Annual report of the Bengal Veterinary College and of the Civil Veterinary Department, Bengal, for the year 1899-1900 - 1899-1900
Year: 1899
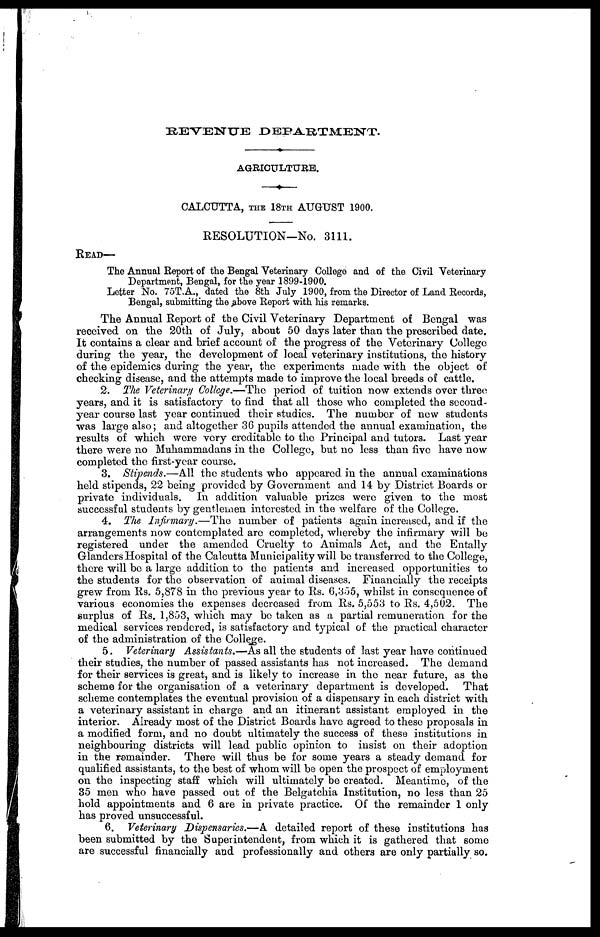
AGRICULTURE.
CALCUTTA, the 18th AUGUST 1900.
RESOLUTION-No. 3111.
Read—
The Annual Report of the Bengal Veterinary College and of the Civil Veterinary
Department, Bengal, for the year 1899-1900.
Letter No. 75T.A., dated the 8th July 1900, from the Director of Land Records,
Bengal, submitting the above Report with his remarks.
The Annual Report of the Civil Veterinary Department of Bengal was
received on the 20th of July, about 50 days later than the prescribed date.
It contains a clear and brief account of the progress of the Veterinary College
during the year, the development of local veterinary institutions, the history
of the epidemics during the year, the experiments made with the object of
checking disease, and the attempts made to improve the local breeds of cattle.
2. The Veterinary College.—The period of tuition now extends over three
years, and it is satisfactory to find that all those who completed the second-
year course last year continued their studies. The number of new students
was large also; and altogether 36 pupils attended the annual examination, the
results of which were very creditable to the Principal and tutors. Last year
there were no Muhammadans in the College, but no less than five have now
completed the first-year course.
3. Stipends.—All the students who appeared in the annual examinations
held stipends, 22 being provided by Government and 14 by District Boards or
private individuals. In addition valuable prizes were given to the most
successful students by gentlemen interested in the welfare of the College.
4. The Infirmary.—The
number of patients again increased, and if the
arrangements now contemplated are completed, whereby the infirmary will be
registered under the amended Cruelty to Animals Act, and the Entally
Glanders Hospital of the Calcutta Municipality will be transferred to the College,
there will be a large addition to the patients and increased opportunities to
the students for the observation of animal diseases. Financially the receipts
grew from Rs. 5,878 in the previous year to Rs. 6,355, whilst in consequence of
various economies the expenses decreased from Rs. 5,553 to Rs. 4,502. The
surplus of Rs. 1,853, which may bo taken as a partial remuneration for the
medical services rendered, is satisfactory and typical of the practical character
of the administration of the College.
5. Veterinary Assistants.—As all the students of last year have continued
their studies, the number of passed assistants has not increased. The demand
for their services is great, and is likely to increase in the near future, as the
scheme for the organisation of a veterinary department is developed.
That
scheme contemplates the eventual provision of a dispensary in each district with
a veterinary assistant in charge and an itinerant assistant employed in the
interior. Already most of the District Boards have agreed to these proposals in
a modified form, and no doubt ultimately the success of these institutions in
neighbouring districts will lead public opinion to insist on their adoption
in the remainder. There will thus be for some years a steady demand for
qualified assistants, to the best of whom will be open the prospect of employment
on the inspecting staff which will ultimately be created. Meantime, of the
35 men who have passed out of the Belgatchia Institution, no less than 25
hold appointments and 6 are in private practice. Of the remainder 1 only
has proved unsuccessful.
6. Veterinary Dispensaries.—A detailed report of these institutions has
been submitted by the Superintendent, from which it is gathered that some
are successful financially and professionally and others are only partially so.